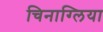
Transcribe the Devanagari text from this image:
चिनाग्लिया